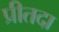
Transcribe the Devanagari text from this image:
प्रीतदा